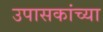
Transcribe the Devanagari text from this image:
उपासकांच्या